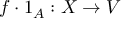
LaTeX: f \cdot 1 _ { A } : X \to V